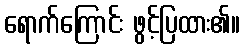
ရောက်ကြောင်း ဖွင့်ပြထား၏။